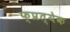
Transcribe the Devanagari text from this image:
फ्प्रत्येक